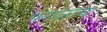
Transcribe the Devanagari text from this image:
फराळाचा